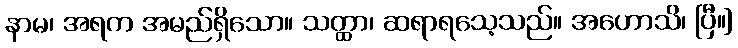
နာမ၊ အရက အမည်ရှိသော။ သတ္ထာ၊ ဆရာရသေ့သည်။ အဟောသိ၊ ပြီ။]